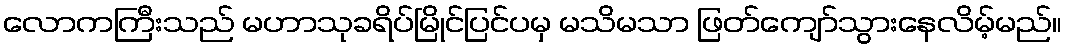
လောကကြီးသည် မဟာသုခရိပ်မြိုင်ပြင်ပမှ မသိမသာ ဖြတ်ကျော်သွားနေလိမ့်မည်။